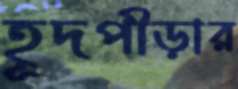
হূদপীড়ার